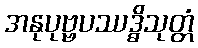
အနုပုဗ္ဗပဿဒ္ဓိသုတ္တံ